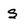
Character: s